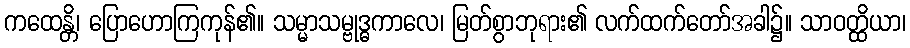
ကထေန္တိ၊ ပြောဟောကြကုန်၏။ သမ္မာသမ္ဗုဒ္ဓကာလေ၊ မြတ်စွာဘုရား၏ လက်ထက်တော်အခါ၌။ သာဝတ္ထိယာ၊